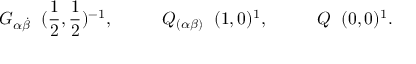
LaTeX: G _ { \alpha \dot { \beta } } \; \; ( \frac { 1 } { 2 } , \frac { 1 } { 2 } ) ^ { - 1 } , \; \; \; \; \; \; \; \; \; \; Q _ { ( \alpha \beta ) } \; \; ( 1 , 0 ) ^ { 1 } , \; \; \; \; \; \; \; \; \; \; Q \; \; ( 0 , 0 ) ^ { 1 } .